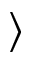
\rangle